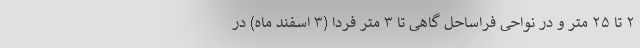
۲ تا ۲۵ متر و در نواحی فراساحل گاهی تا ۳ متر فردا (۳ اسفند ماه) در